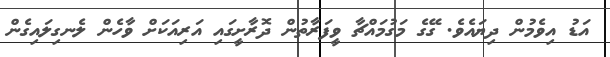
އަޑު އިވެމުން ދިޔައެވެ. ގޭގެ މަގުމައްޗާ ވީފަރާތުން ދޮރާށީގައި އަރިއަކަށް ވާހެން ލެނގިލައިގެން